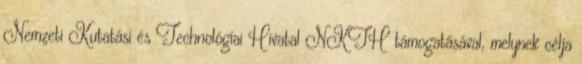
Nemzeti Kutatási és Technológiai Hivatal NKTH támogatásával, melynek célja